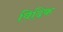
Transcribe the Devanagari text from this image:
विदिक